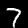
Digit: 7